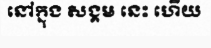
នៅក្នុង សង្គម នេះ ហើយ